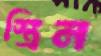
স্ত্রিন